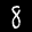
Label: 8